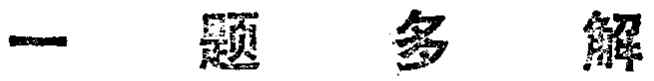
一题多解